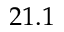
2 1 . 1